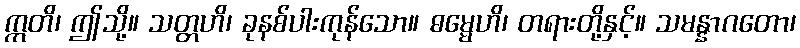
ဣတိ၊ ဤသို့။ သတ္တဟိ၊ ခုနစ်ပါးကုန်သော။ ဓမ္မေဟိ၊ တရားတို့နှင့်။ သမန္နာဂတော၊